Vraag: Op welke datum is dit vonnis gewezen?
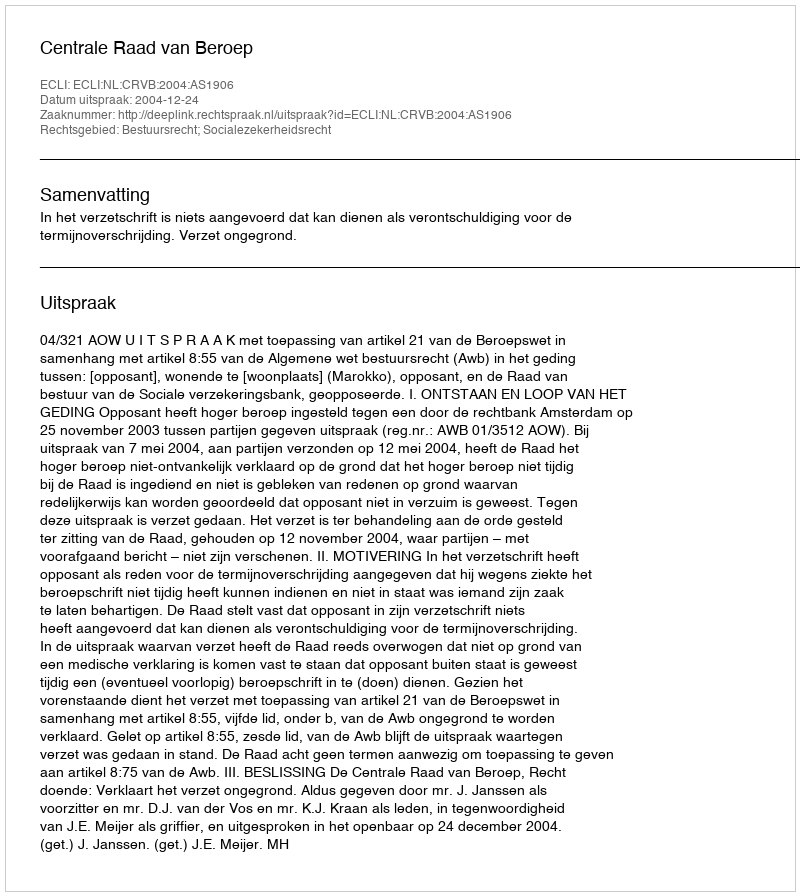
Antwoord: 2004-12-24